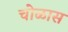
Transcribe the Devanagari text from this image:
चोळास